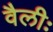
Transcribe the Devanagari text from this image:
वैलीः